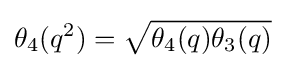
\theta _{4}(q^{2})={\sqrt {\theta _{4}(q)\theta _{3}(q)}}